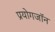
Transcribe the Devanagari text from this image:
प्रयोगजॉन